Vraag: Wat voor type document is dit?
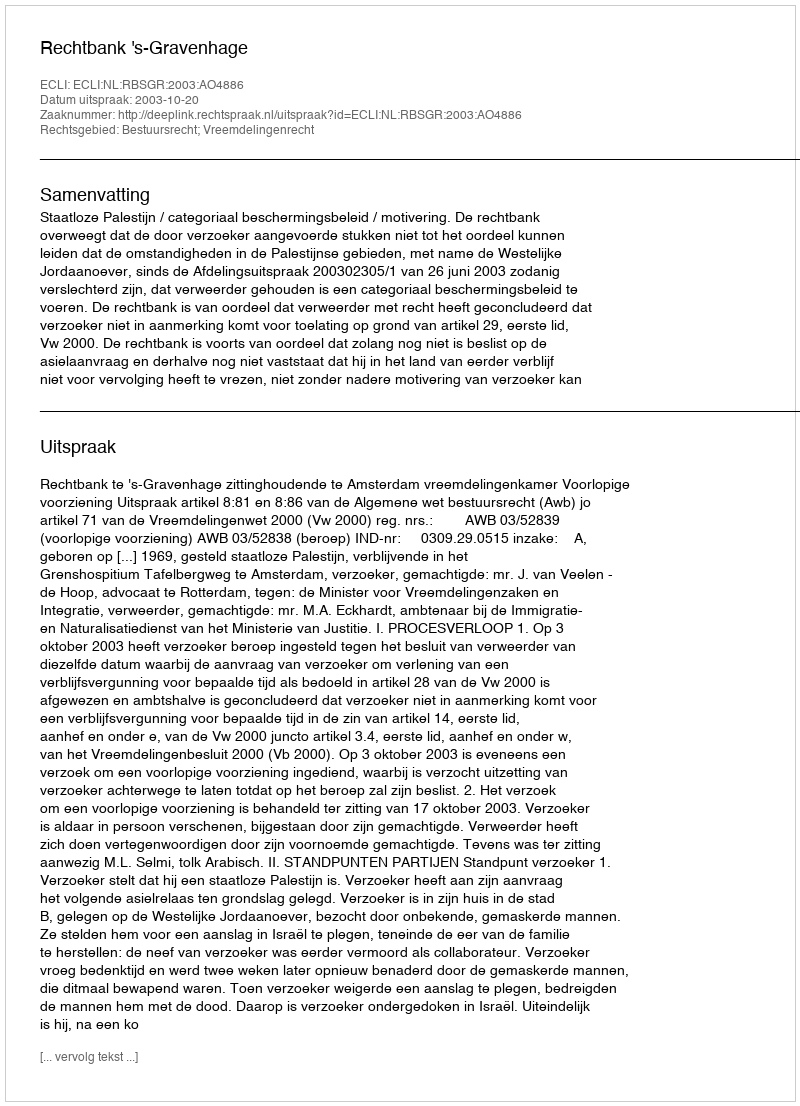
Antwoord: Uitspraak